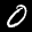
Label: 0